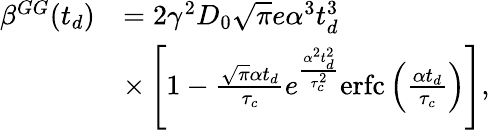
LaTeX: \begin{array}{rl}{\beta^{GG}(t_{d})}&{=2\gamma^{2}D_{0}\sqrt{\pi}e\alpha^{3}t_{d}^{3}}\\ &{\times\left[1-\frac{\sqrt{\pi}\alpha t_{d}}{\tau_{c}}e^{\frac{\alpha^{2}t_{d}^{2}}{\tau_{c}^{2}}}\textrm{erfc}\left(\frac{\alpha t_{d}}{\tau_{c}}\right)\right],}\end{array}